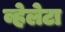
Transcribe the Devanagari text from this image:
व्हेलेटा